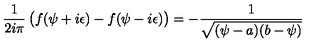
{ \frac { 1 } { 2 i \pi } } \left( \strut f ( \psi + i \epsilon ) - f ( \psi - i \epsilon ) \right) = - { \frac { 1 } { \sqrt { ( \psi - a ) ( b - \psi ) } } }